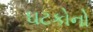
ઘટકોનો